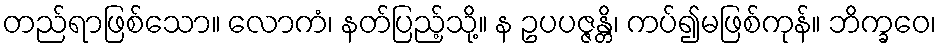
တည်ရာဖြစ်သော။ လောကံ၊ နတ်ပြည့်သို့။ န ဥပပဇ္ဇန္တိ၊ ကပ်၍မဖြစ်ကုန်။ ဘိက္ခဝေ၊